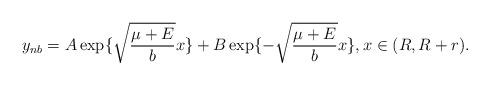
LaTeX: \begin{align*}y_{nb}=A \exp\{ \sqrt{\frac{\mu+E}{b}}x\}+B \exp\{ - \sqrt{\frac{\mu+E}{b}}x\}, x\in (R,R+r).\end{align*}